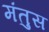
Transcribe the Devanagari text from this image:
मंतुस